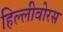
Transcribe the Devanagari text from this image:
हिल्लीवोरस